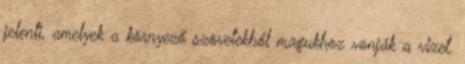
jelenti, amelyek a környező szövetekből magukhoz vonják a vizet.